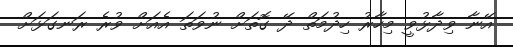
އޭނާ ވިދާޅުވީ މިހާރު ހިދުމަތް ދޭ ގޮތަށް ނުވަތަ އެއަށް ވުރެ ރަނގަޅަށް